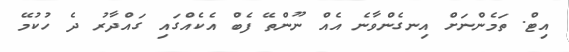
އިޓް. ތަމެންނަށް އިނގެންވާނެ އެއް ނޫންތޭ ފެބް އެކެއްގައި ގައްދާރު ދެ ހުކުމޭ